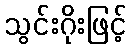
သွင်းဂိုးဖြင့်